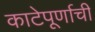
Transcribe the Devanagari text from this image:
काटेपूर्णाची